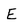
Character: E